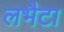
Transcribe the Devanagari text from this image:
लभैटा